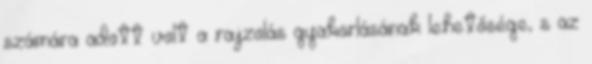
számára adott volt a rajzolás gyakorlásának lehetősége, s az